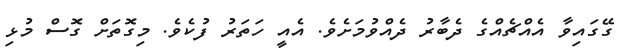
ގޭގައިވާ އެއްޗެއްގެ ދެބާރު ދެއްވުމަށެވެ. އެއީ ހަތަރު ފުކެވެ. މިގޮތަށް ގޮސް މުޅި